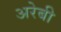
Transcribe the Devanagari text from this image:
अरेबी